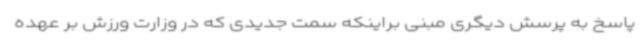
پاسخ به پرسش دیگری مبنی براینکه سمت جدیدی که در وزارت ورزش بر عهده